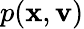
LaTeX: p(\mathbf{x},\mathbf{v})